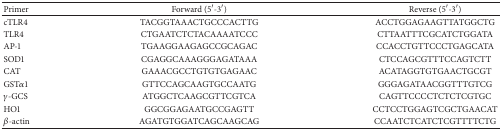
<table><thead><tr><td><b>Primer</b></td><td><b>Forward (5′-3′)</b></td><td><b>Reverse (5′-3′)</b></td></tr></thead><tbody><tr><td>cTLR4</td><td>TACGGTAAACTGCCCACTTG</td><td>ACCTGGAGAAGTTATGGCTG</td></tr><tr><td>TLR4</td><td>CTGAATCTCTACAAAATCCC</td><td>CTTAATTTCGCATCTGGATA</td></tr><tr><td>AP-1</td><td>TGAAGGAAGAGCCGCAGAC</td><td>CCACCTGTTCCCTGAGCATA</td></tr><tr><td>SOD1</td><td>CGAGGCAAAGGGAGATAAA</td><td>CTCCAGCGTTTCCAGTCTT</td></tr><tr><td>CAT</td><td>GAAACGCCTGTGTGAGAAC</td><td>ACATAGGTGTGAACTGCGT</td></tr><tr><td>GST<i>α</i>1</td><td>GTTCCAGCAAGTGCCAATG</td><td>GGGAGATAACGGTTTGTCG</td></tr><tr><td><i>γ</i>-GCS</td><td>ATGGCTCAAGCGTTCGTCA</td><td>CAGTTCCCCTCTCTCGTGC</td></tr><tr><td>HO1</td><td>GGCGGAGAATGCCGAGTT</td><td>CCTCCTGGAGTCGCTGAACAT</td></tr><tr><td><i>β</i>-actin</td><td>AGATGTGGATCAGCAAGCAG</td><td>CCAATCTCATCTCGTTTTCTG</td></tr></tbody></table>